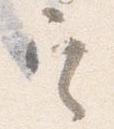
定